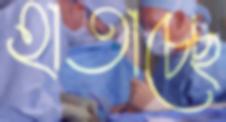
হাতাচ্ছে